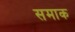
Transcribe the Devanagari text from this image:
समाक